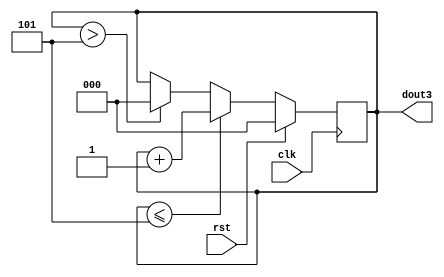
module count6(dout3,clk,rst);
input clk,rst;
output [2:0]dout3;
reg [2:0]dout3;

always @(negedge clk)
begin
	if(rst)
		dout3<=3'b000;
	else if(dout3<=3'b101)
		dout3<=dout3+3'b001;
	else if(dout3>3'b101)
		dout3<=3'b000;
end

endmodule


module count10(dout4,key1,rst);
input key1,rst;
output [3:0]dout4;
reg [3:0]dout4;

always @(negedge key1)
begin
	if(rst)
		dout4<=4'b0000;
	else if(dout4<=1001)
		dout4<=dout4+4'b0001;
	else if(dout4>1001)
		dout4<=4'b0000;
end

endmodule

module decoder47(s,d);
input [3:0]d;
output [0:6]s;
reg [0:6]s;

always @(d)
begin
case(d)
	4'b0000: s=7'b1111110;
	4'b0001: s=7'b0110000;
	4'b0010: s=7'b1101101;
	4'b0011: s=7'b1111001;
	4'b0100: s=7'b0110011;
	4'b0101: s=7'b1011011;
	4'b0110: s=7'b1011111;
	4'b0111: s=7'b1110000;
	4'b1000: s=7'b1111111;
	4'b1001: s=7'b1111011;
endcase
end

endmodule


`timescale 1ns/1ns;
module lab4;
reg clk,key1,rst;
reg [3:0]d;
wire [2:0]dout3;
wire [3:0]dout4;
wire [0:6]s;

count6 c6(dout3,clk,rst);
count10 c10(dout4,key1,rst);
decoder47 d47(s,dout4);
		
endmodule